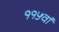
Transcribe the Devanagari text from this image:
११५वां